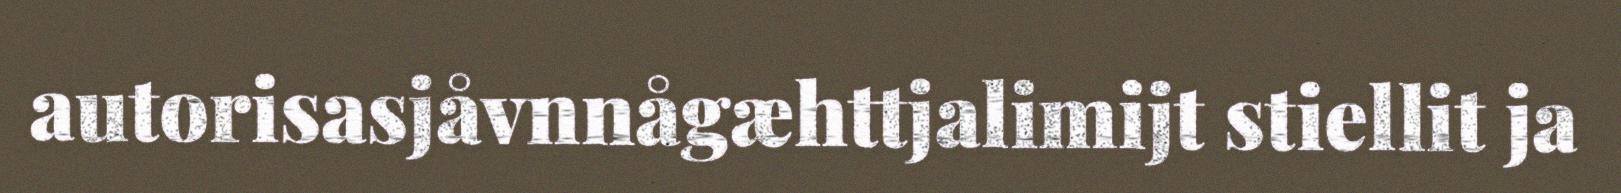
autorisasjåvnnågæhttjalimijt stiellit ja